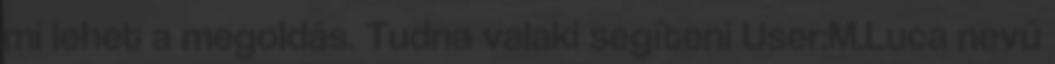
mi lehet a megoldás. Tudna valaki segíteni User:M.Luca nevű